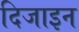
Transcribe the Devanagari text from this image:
दिजाइन